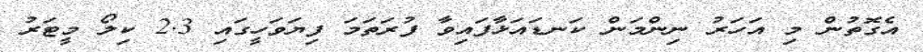
އެގޮތުން މި އަހަރު ނިންމަން ކަނޑައަޅާފައިވާ ފުރަތަމަ ފިޔަވަހީގައި 2.3 ކިލޯ މީޓަރު